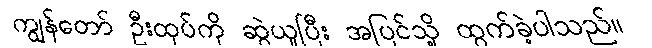
ကျွန်တော် ဦးထုပ်ကို ဆွဲယူပြီး အပြင်သို့ ထွက်ခဲ့ပါသည်။